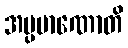
အပ္ပမာဏောတိ